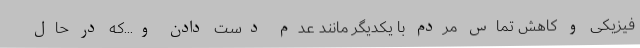
فیزیکی و کاهش تماس مردم با یکدیگر مانند عدم دست دادن و...که در حال